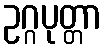
ဥဂ္ဂပုတ္တာ